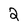
Character: 2